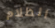
الظلام